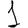
Digit: 1